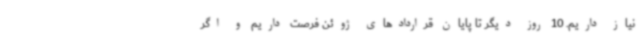
نیاز داریم. 10 روز دیگر تا پایان قراردادهای ژوئن فرصت داریم و اگر